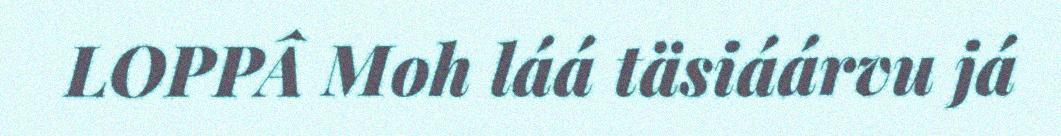
LOPPÂ Moh láá täsiáárvu já